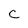
Character: c